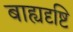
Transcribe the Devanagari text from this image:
बाह्यदृष्टि